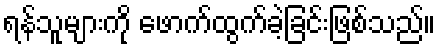
ရန်သူများကို ဖောက်ထွက်ခဲ့ခြင်းဖြစ်သည်။